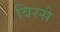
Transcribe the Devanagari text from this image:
विस्से